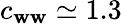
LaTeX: c_{\mathbf{w}\mathbf{w}}\simeq1.3